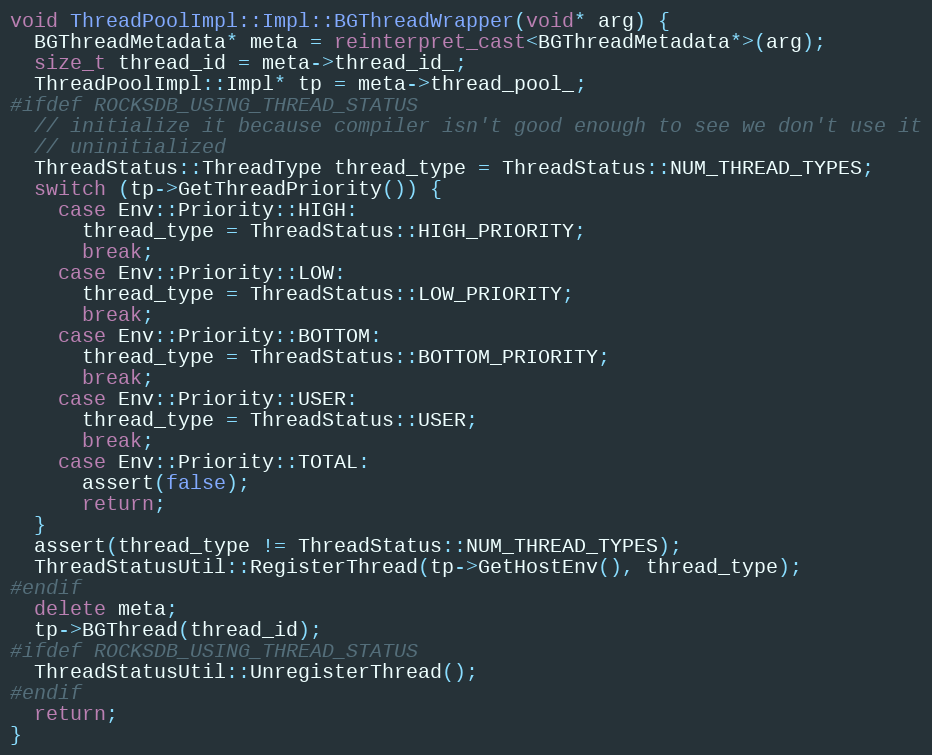
Language: C++
void ThreadPoolImpl::Impl::BGThreadWrapper(void* arg) {
  BGThreadMetadata* meta = reinterpret_cast<BGThreadMetadata*>(arg);
  size_t thread_id = meta->thread_id_;
  ThreadPoolImpl::Impl* tp = meta->thread_pool_;
#ifdef ROCKSDB_USING_THREAD_STATUS
  // initialize it because compiler isn't good enough to see we don't use it
  // uninitialized
  ThreadStatus::ThreadType thread_type = ThreadStatus::NUM_THREAD_TYPES;
  switch (tp->GetThreadPriority()) {
    case Env::Priority::HIGH:
      thread_type = ThreadStatus::HIGH_PRIORITY;
      break;
    case Env::Priority::LOW:
      thread_type = ThreadStatus::LOW_PRIORITY;
      break;
    case Env::Priority::BOTTOM:
      thread_type = ThreadStatus::BOTTOM_PRIORITY;
      break;
    case Env::Priority::USER:
      thread_type = ThreadStatus::USER;
      break;
    case Env::Priority::TOTAL:
      assert(false);
      return;
  }
  assert(thread_type != ThreadStatus::NUM_THREAD_TYPES);
  ThreadStatusUtil::RegisterThread(tp->GetHostEnv(), thread_type);
#endif
  delete meta;
  tp->BGThread(thread_id);
#ifdef ROCKSDB_USING_THREAD_STATUS
  ThreadStatusUtil::UnregisterThread();
#endif
  return;
}